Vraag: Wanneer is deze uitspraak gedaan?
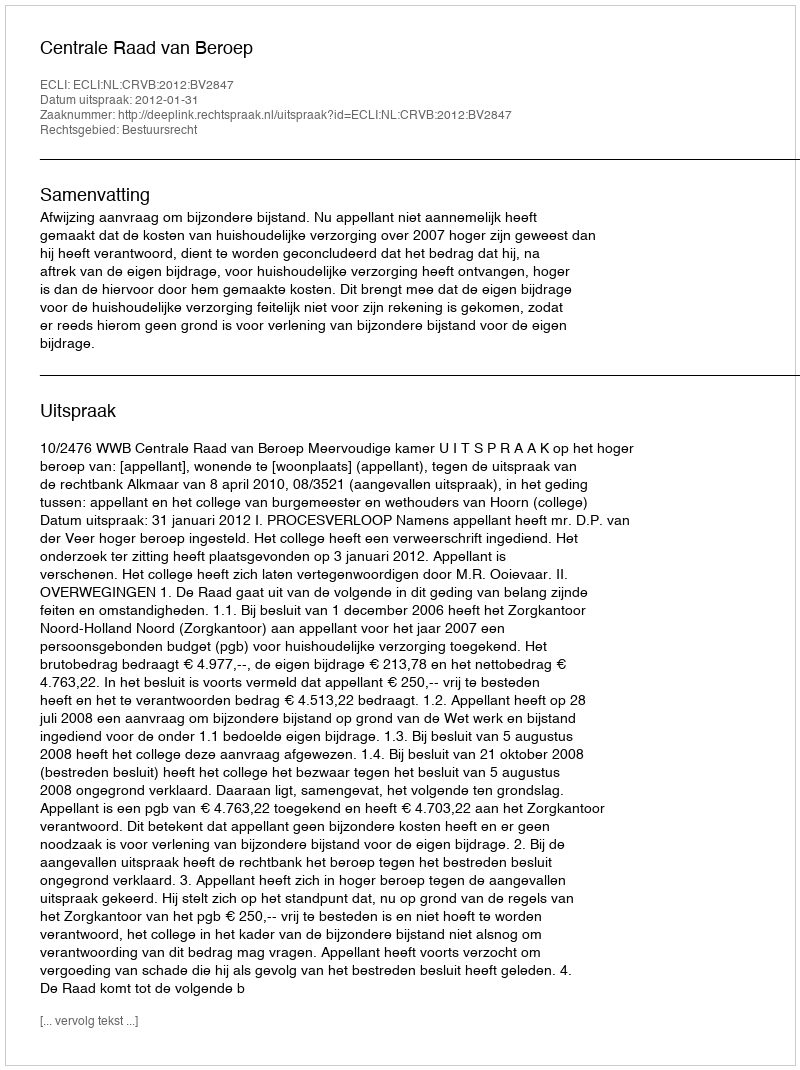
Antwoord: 2012-01-31